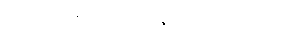
အဘိညာဝေါသာနပါရမိပ္ပတ္တော